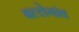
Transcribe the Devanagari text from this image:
बल्लेगांव